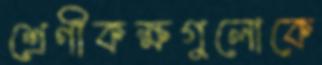
শ্রেণীকক্ষগুলোকে